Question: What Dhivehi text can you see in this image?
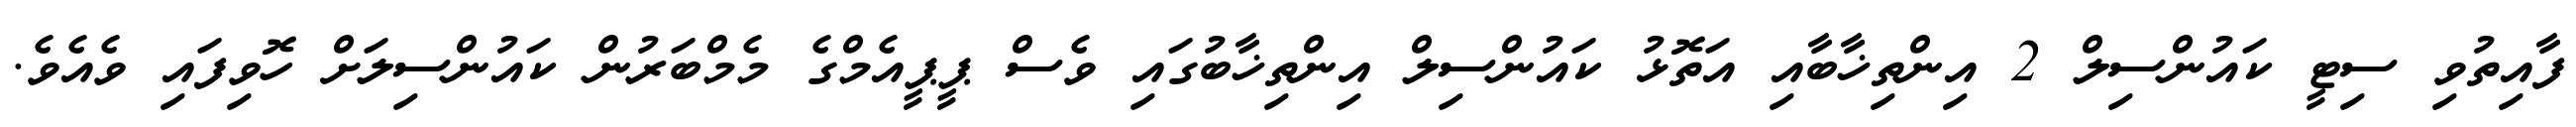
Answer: ފާއިތުވި ސިޓީ ކައުންސިލް 2 އިންތިޚާބާއި އަތޮޅު ކައުންސިލް އިންތިޚާބުގައި ވެސް ޕީޕީއެމްގެ މެމްބަރުން ކައުންސިލަށް ހޮވިފައި ވެއެވެ.